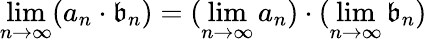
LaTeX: \operatorname*{lim}_{n\to\infty}(a_{n}\cdot\mathfrak{b}_{n})=(\operatorname*{lim}_{n\to\infty}a_{n})\cdot(\operatorname*{lim}_{n\to\infty}\mathfrak{b}_{n})